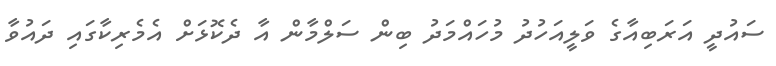
ސައުދީ އަރަބިއާގެ ވަލީއަހުދު މުހައްމަދު ބިން ސަލްމާން އާ ދެކޮޅަށް އެމެރިކާގައި ދައުވާ